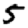
Digit: 5